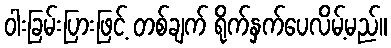
ဝါးခြမ်းပြားဖြင့် တစ်ချက် ရိုက်နှက်ပေလိမ့်မည်။